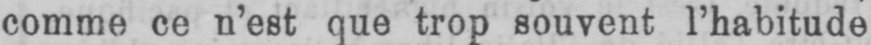
comme ce n’est que trop souvent l’habitude